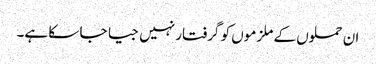
ان حملوں کے ملزموں کو گرفتار نہیں جیا جا سکا ہے۔